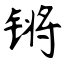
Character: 锵